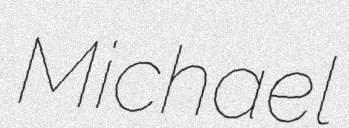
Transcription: Michael